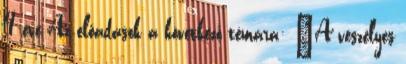
4 éve Az előadások a következő témára: "A veszélyes